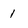
Character: 1